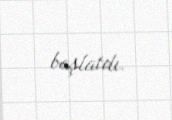
başlatdı.